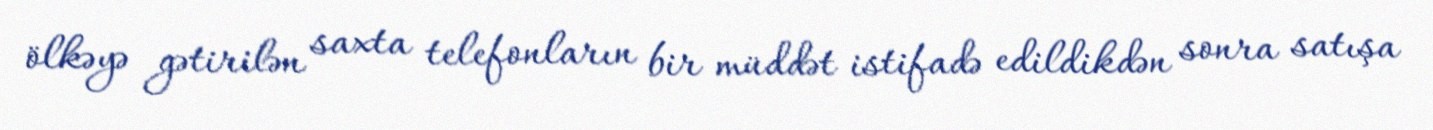
ölkəyə gətirilən saxta telefonların bir müddət istifadə edildikdən sonra satışa